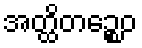
အတ္ထိတဉ္စေဝ